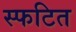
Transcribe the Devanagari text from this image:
स्फटित